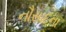
નૌસાદના